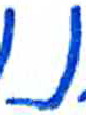
אות: נ